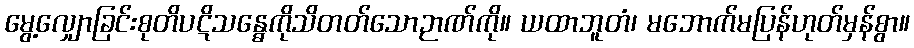
မွေ့လျှောခြင်းစုတိပဋိသန္ဓေကိုသိတတ်သောဉာဏ်ကို။ ယထာဘူတံ၊ မဘောက်မပြန်ဟုတ်မှန်စွာ။